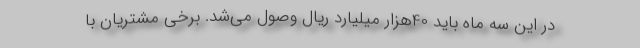
در این سه ماه باید 40هزار میلیارد ریال وصول می‌شد. برخی مشتریان با